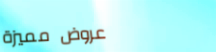
عروض مميزة